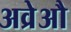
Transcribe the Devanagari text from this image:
अव्रेऔ